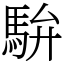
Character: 䮁